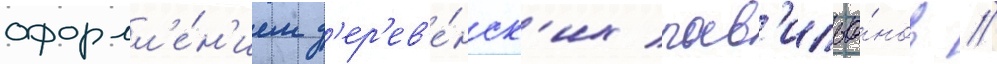
оформл'е́н'ием д'ер'ев'е́нск'их пав'ильо́нов //